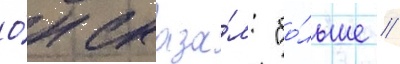
О́н сказа́л: "бо́льше /